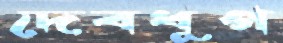
দেবধূপ